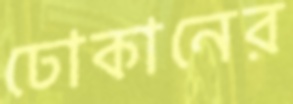
ঢোকানের